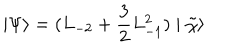
\mid \Psi \rangle = ( L _ { - 2 } + \frac { 3 } { 2 } L _ { - 1 } ^ { 2 } ) \mid \tilde { \chi } \rangle